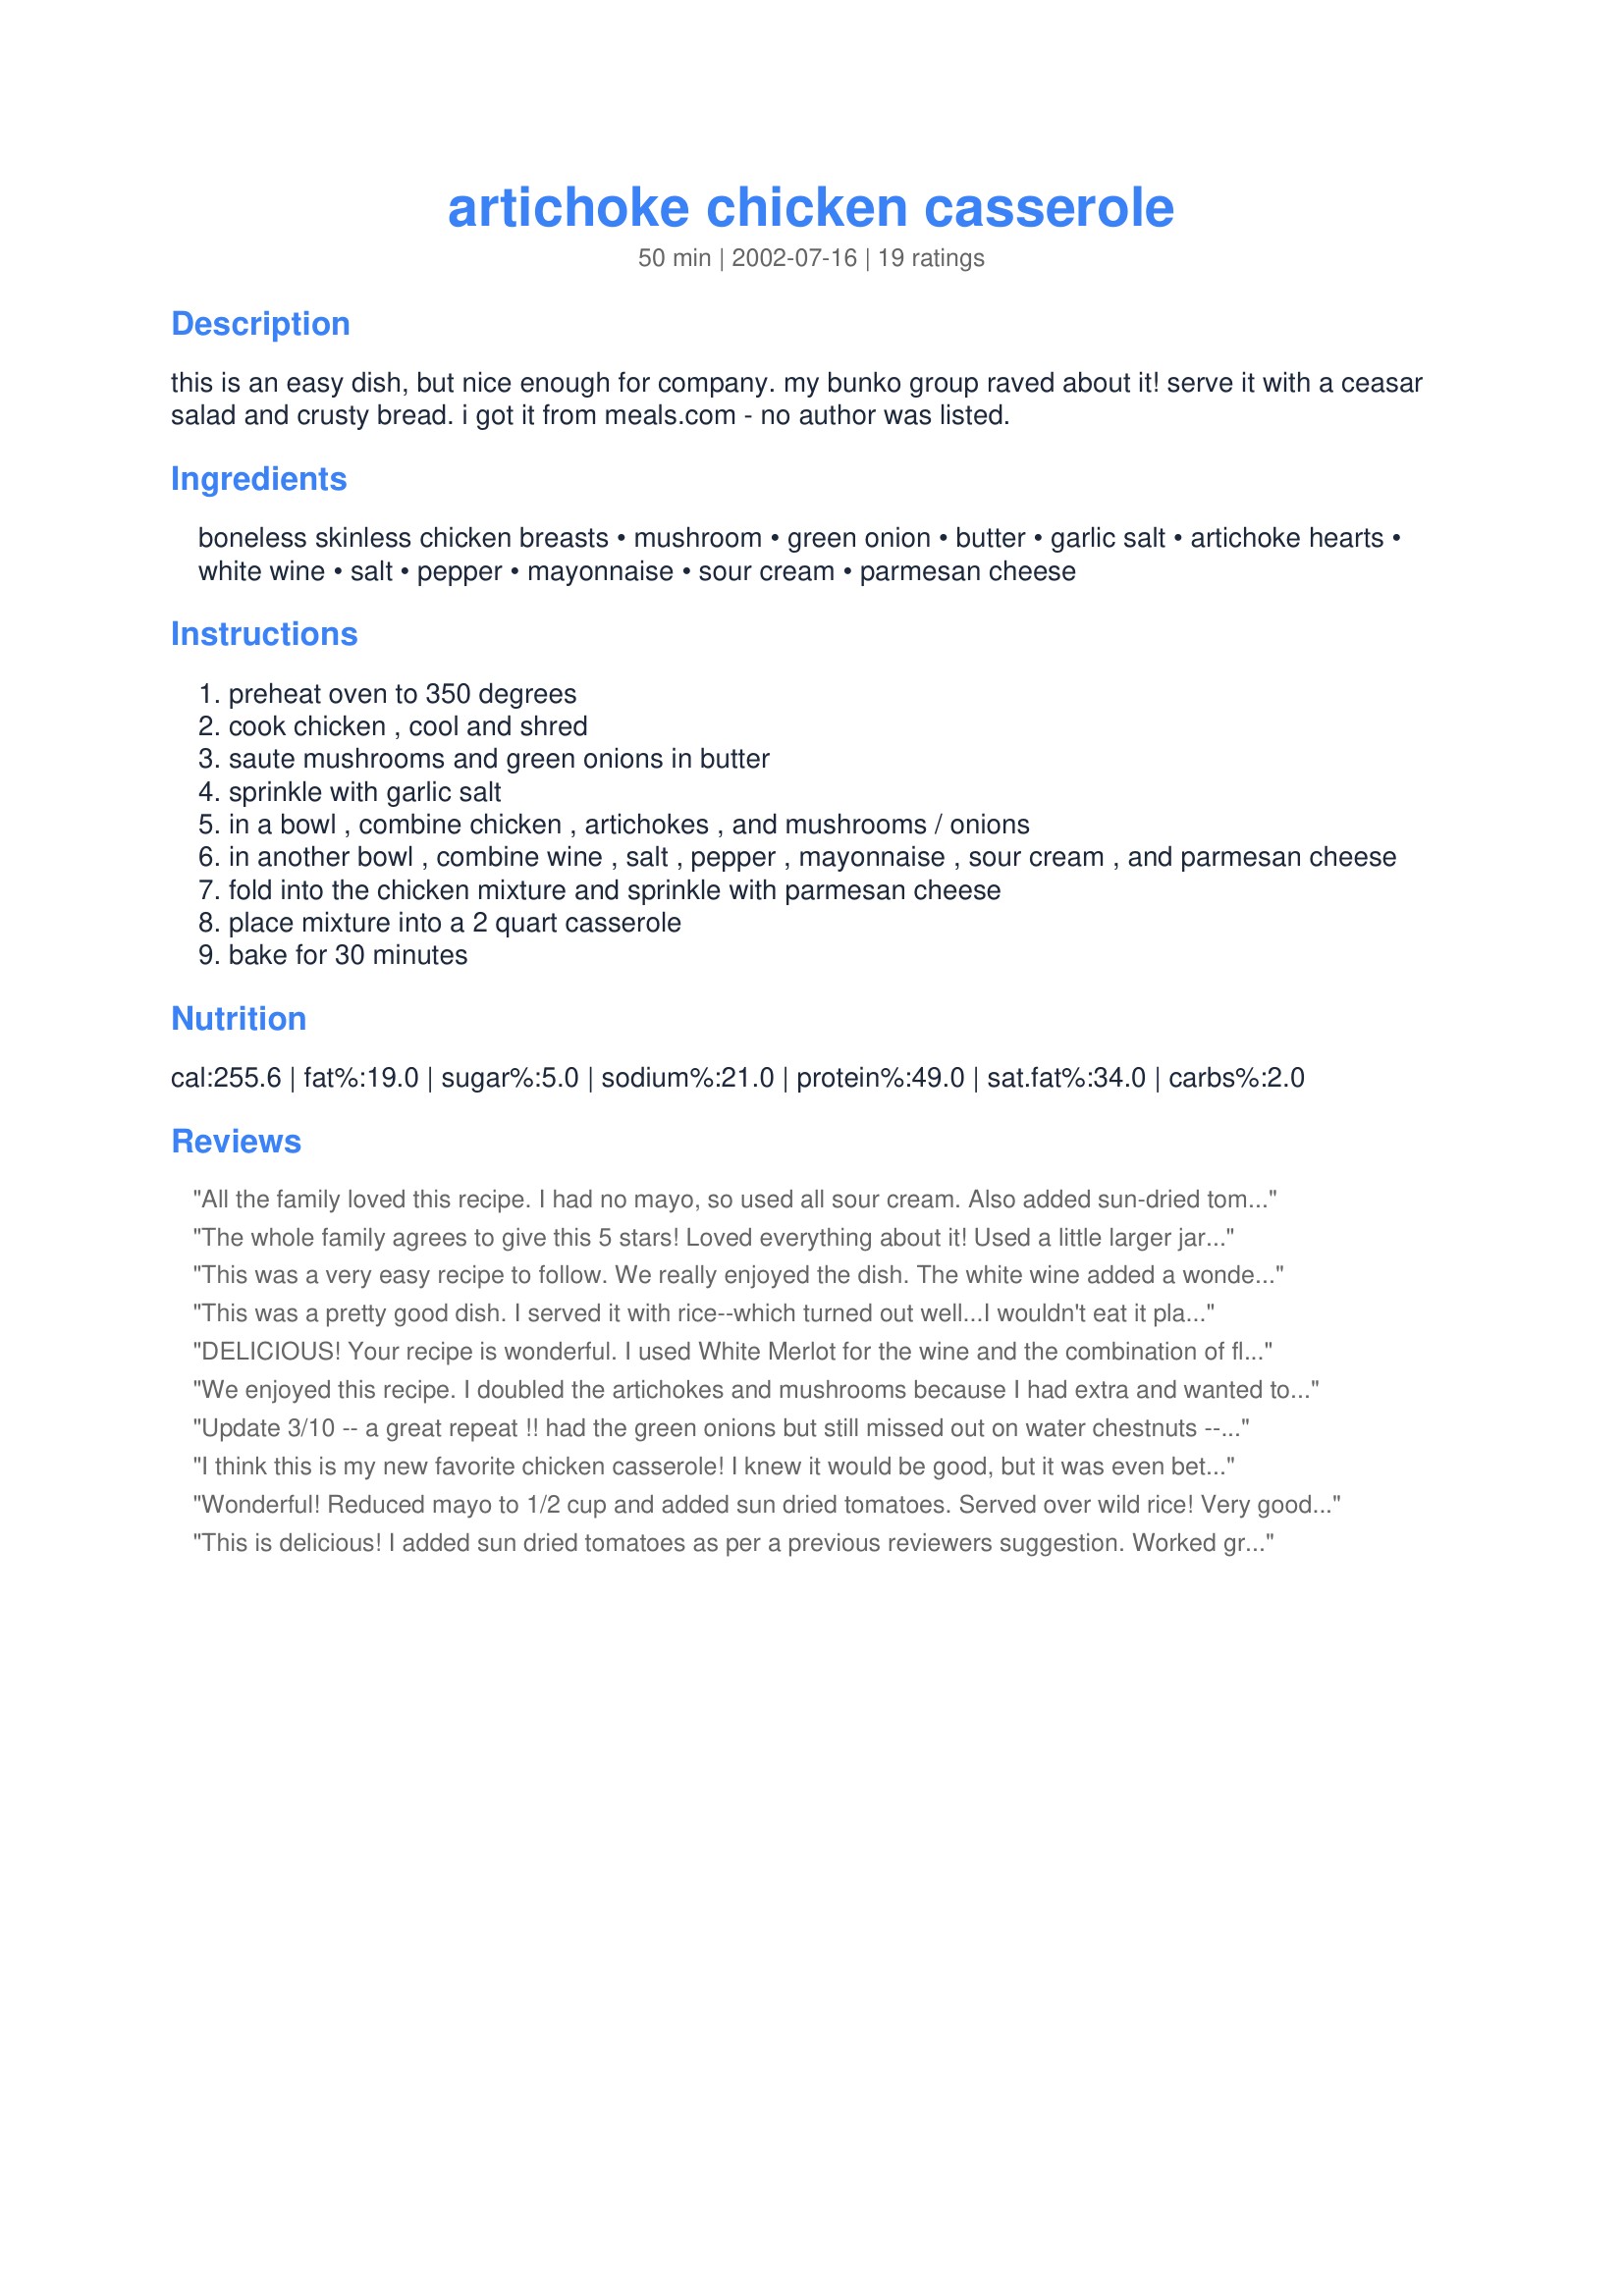
artichoke chicken casserole
Preparation time: 50 minutes

this is an easy dish, but nice enough for company. my bunko group raved about it! serve it with a ceasar salad and crusty bread. i got it from meals.com - no author was listed.

Ingredients:
boneless skinless chicken breasts, mushroom, green onion, butter, garlic salt, artichoke hearts, white wine, salt, pepper, mayonnaise, sour cream, parmesan cheese

Steps:
preheat oven to 350 degrees
cook chicken , cool and shred
saute mushrooms and green onions in butter
sprinkle with garlic salt
in a bowl , combine chicken , artichokes , and mushrooms / onions
in another bowl , combine wine , salt , pepper , mayonnaise , sour cream , and parmesan cheese
fold into the chicken mixture and sprinkle with parmesan cheese
place mixture into a 2 quart casserole
bake for 30 minutes

Reviews:
All the family loved this recipe. I had no mayo, so used all sour cream. Also added sun-dried tomatoes to mushroom saute (soaked dried shitakes) and cooked penne pasta to dish before it went into oven. I think with adding pasta, a little added moisture like cream would have been nice, but it was really delicious.
The whole family agrees to give this 5 stars! Loved everything about it! Used a little larger jar of artichokes, which was fine. The combination of ingredients really makes this delicious! I will be making this for company next time I entertain.
This was a very easy recipe to follow. We really enjoyed the dish. The white wine added a wonderful flavor. I cooked the chicken in a crock pot all day while at work. Then, shredded the chicken when I got home. Very easy!
This was a pretty good dish. I served it with rice--which turned out well...I wouldn't eat it plain --it definitely needs to be served with rice or noodles. I followed other reviewers and cut the recipe in half but used all the artichokes and it made 4 nice servings.
DELICIOUS! Your recipe is wonderful. I used White Merlot for the wine and the combination of flavors is perfect. I would not change a thing. Love chicken and artichokes together. I used left over chicken breast from a large roasting chicken so casserole was a little too moist...it didn't matter, it was fantastic. Thanks for a great recipe, PMP! M. Joan
We enjoyed this recipe. I doubled the artichokes and mushrooms because I had extra and wanted to use them up. I also used light sour cream. I like the suggestion made another reviewer to add sun-dried tomatoes -- I think that would compliment the other ingredients nicely and will try that next time. I used recipe #36944 to pre-cook (poach) the chicken; and the chicken was moist and juicy.
Update 3/10 -- a great repeat !! had the green onions but still missed out on water chestnuts -- will have to do again !

DH IMMEDIATELY said "5 stars" !! I used just 2 LARGE breasts, and generally 1/2 of other ingredients -- did use the entire can of quartered artichoke hearts, minced garlic, canned mushrooms, and a large shallot to sub for green onions --lightly sauteed. Feelin a slight crunch on the first bite (shallots) DH asked if water chestnuts were included. (Not this time, but a good idea for next!) Also think a squeeze of lemon. always perks a casserole up. Still have enough left over to make a side for another meal. Thanks, PMP, for a new chicken prep ! Will have to think of photo construction.
I think this is my new favorite chicken casserole! I knew it would be good, but it was even better than I anticipated. I used a combination of leftover cooked breasts and thighs. The parmesan cheese is the perfect cheese for this. It was creamy and cheesy. A perfect comfort-food dish. Thanx!
Wonderful! Reduced mayo to 1/2 cup and added sun dried tomatoes. Served over wild rice! Very good and will certainly make again! Thank you PMP!
This is delicious! I added sun dried tomatoes as per a previous reviewers suggestion. Worked great as a freezer meal, and I served it over pasta. I'll definitely make it again!
My entire family really enjoyed this! No one but my husband will even touch a casserole but this wasn't anything like the stuff you see at the church potluck. I made it exactly as listed using fresh parmesan and a German white wine. Easy to make. Great texture and flavor. We will definitely make this again!
Fantastic recipe! This was so tasty and easy to make. I wished I would have had more artichokes. I added some sun dried tomatoes for color. I might try adding some capers next time as well. Very yummy!!
Wow, this packs a lot of flavor! I made it pretty much as written....the only thing I did differently was cube the chicken breasts and saute them in about 2 tablespoons of olive oil with seasoned pepper and some salt. It was absolutely delicious, and even company-worthy. Thanks for posting, PMP!
Wonderful! I've made this a couple of times and everyone has loved it. I assemble it ahead of time, and then bake it about 40-45 minutes. I've also chopped up and added a small tomato (wanted some color in it), and that was really good.
We thought this was pretty good. I cut the recipe in half, but used the full amount of artichokes, and I sliced the artichokes in half. Next time I will probably quarter them, just to make them more bite sized, and I will also most likely add some breadcrumbs over top. All in all this was a good meal. Thanks for posting.
I love artichokes and mushrooms what a good combination this was. Next time I wont use as much parmesan cheese it was a little strong tasting for my daughter. I cut up my chicken in cube size pieces. Thanks!
So So So Yummy! I did not put the mushrooms in it since my gf doesn't like them. I also made it the night before and just cooked it about 15 minutes longer. I can't wait to eat the leftovers!!! Oh, I also did not shred the chicken (I left it in strips) and used a large can of artichokes. Also, I used light sour cream and mayo. YUM! Thanks PMP for a wonderful recipe.
Excellent recipe! Thank you. I've made it several times so now, of course, I fool around with it. Added greens and cream cheese but didn't have the mushrooms. Still wonderful!
very tasty. classy chicken casserole for a Wednesday night! We're all on diets, so instead of sour cream I used 0%fat Greek yogurt and did 1/2 and 1/2 yogurt and mayo. Next time I will try even less mayo. Who needs all that saturated fat! I also mixed in a handful of julienned sundried tomatoes and then topped with panko breadcrumbs. The chicken was hot sauteed in olive oil, but next time I will try pouching to make the recipe even healthier. I also cooked up some whole wheat penne pasta (well done, not al dente) and mixed the pasta into the mixture before putting into the oven. spectacular result.
